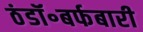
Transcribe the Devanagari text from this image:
ठंडॉ॰बर्फबारी